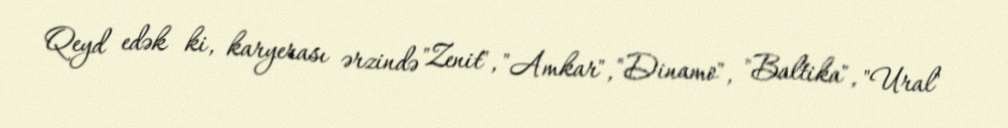
Qeyd edək ki, karyerası ərzində "Zenit", "Amkar", "Dinamo", "Baltika", "Ural"